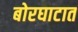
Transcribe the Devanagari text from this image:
बोरघाटात